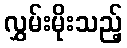
လွှမ်းမိုးသည့်